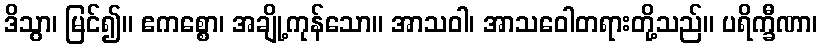
ဒိသွာ၊ မြင်၍။ ဧကစ္စော၊ အချို့ကုန်သော။ အာသဝါ၊ အာသဝေါတရားတို့သည်။ ပရိက္ခီဏာ၊